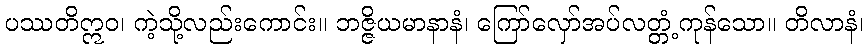
ပဿတိဣဝ၊ ကဲ့သို့လည်းကောင်း။ ဘဇ္ဇိယမာနာနံ၊ ကြော်လှော်အပ်လတ္တံ့ကုန်သော။ တိလာနံ၊